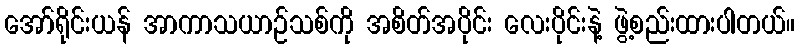
အော်ရိုင်းယန် အာကာသယာဉ်သစ်ကို အစိတ်အပိုင်း လေးပိုင်းနဲ့ ဖွဲ့စည်းထားပါတယ်။